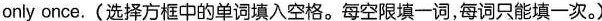
only once.(选择方框中的单词填入空格。每空限填一词,每词只能填一次。)